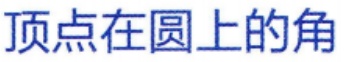
顶点在圆上的角